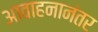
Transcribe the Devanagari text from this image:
आवाहनानंतर